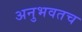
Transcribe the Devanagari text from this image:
अनुभवतच